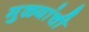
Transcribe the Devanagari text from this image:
मुळ्यांची